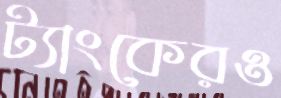
ট্যাংকেরও